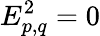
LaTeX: E_{p,q}^{2}=0